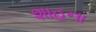
શાહના